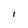
Character: I